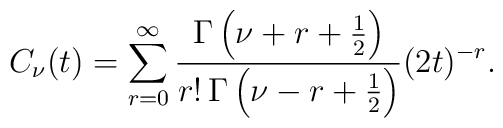
C_{\nu}(t)=    \sum_{r=0}^{\infty}{\Gamma\left(\nu +r+{1\over 2}\right)\over r!\,            \Gamma\left(\nu -r+{1\over 2}\right)}  (2t)^{-r}.